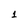
Character: 1